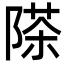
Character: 𮥗